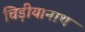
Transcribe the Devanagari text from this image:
चिड़ीयानाथ